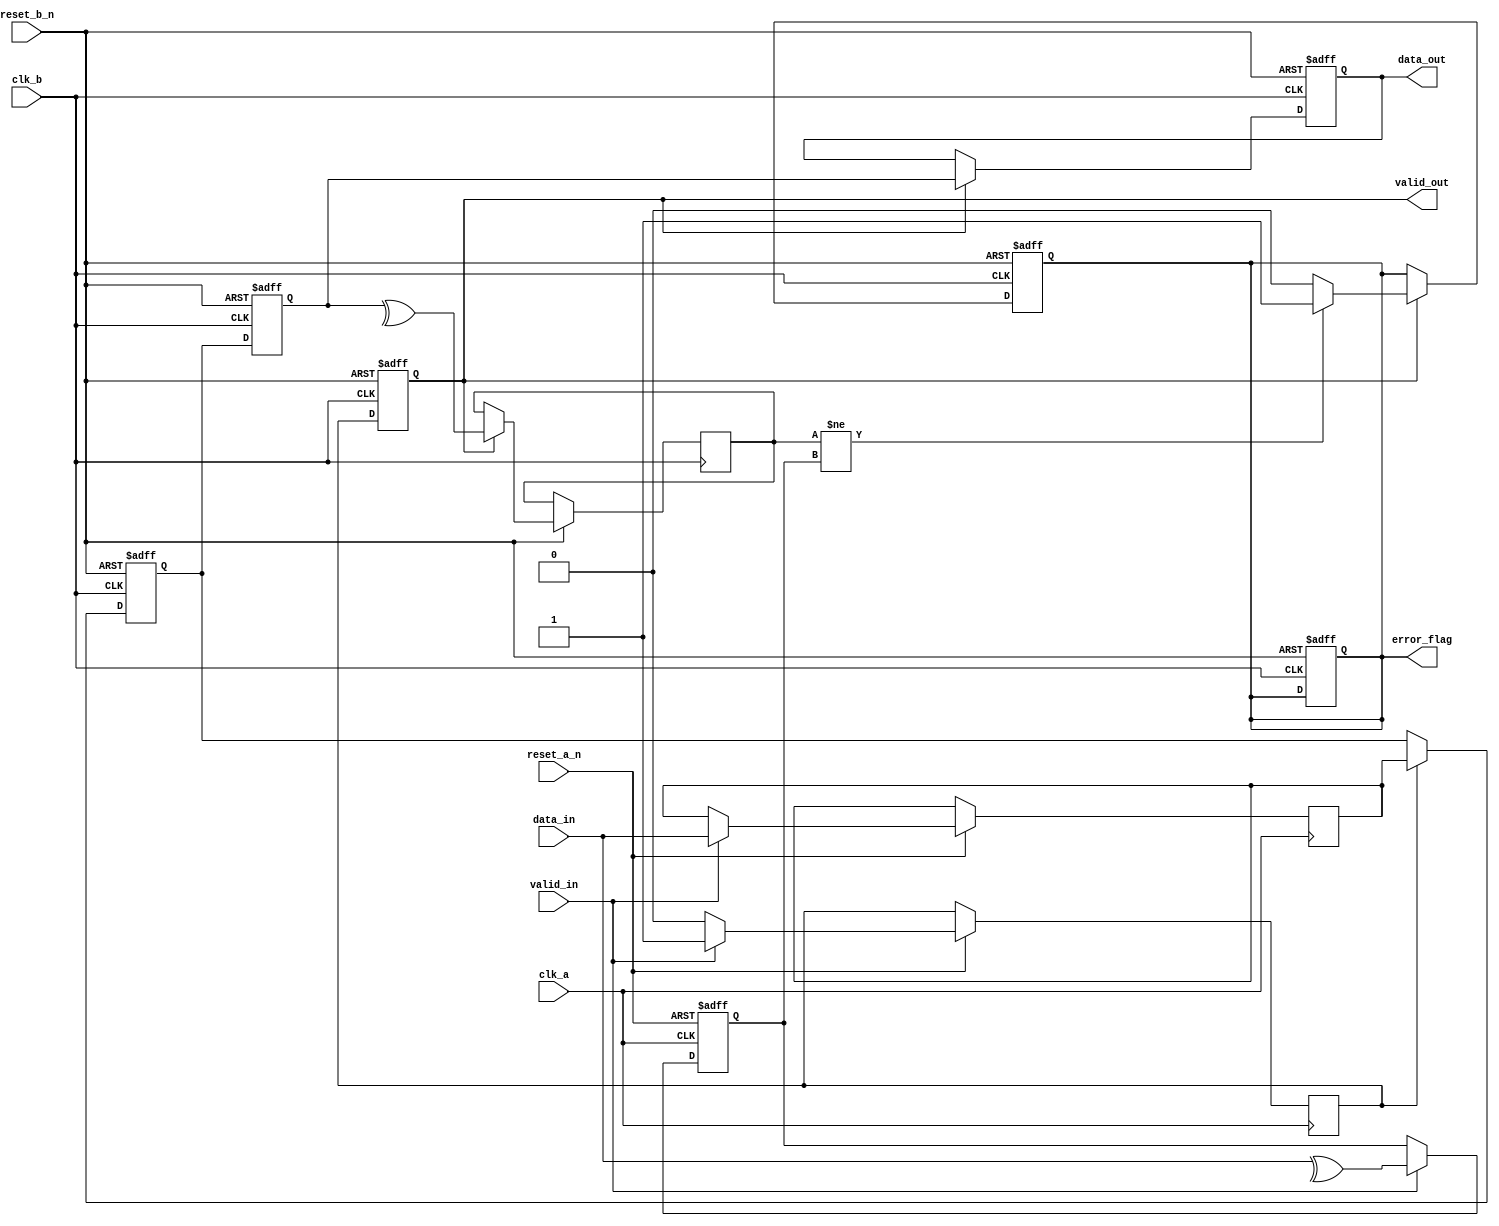
module cdc_with_error_detection #(
    parameter DATA_WIDTH = 8
)(
    input  wire                  clk_a,         // Clock for Domain A
    input  wire                  clk_b,         // Clock for Domain B
    input  wire                  reset_a_n,     // Active low reset for Domain A
    input  wire                  reset_b_n,     // Active low reset for Domain B
    input  wire [DATA_WIDTH-1:0] data_in,      // Data input from Domain A
    input  wire                  valid_in,      // Valid signal for data input
    output reg [DATA_WIDTH-1:0] data_out,      // Data output to Domain B
    output reg                  valid_out,      // Valid signal for data output
    output reg                  error_flag      // Error detection flag
);

// Internal signals
reg [DATA_WIDTH-1:0] data_buf;
reg parity_bit;
reg parity_check;
reg valid_buf;
reg ready;  // Handshake signal from Domain B
reg ack;    // Handshake signal for Domain A

// Parity generation in Domain A
always @(posedge clk_a or negedge reset_a_n) begin
    if (!reset_a_n) begin
        parity_bit <= 1'b0;
    end else if (valid_in) begin
        parity_bit <= ^data_in; // Calculate parity
        data_buf <= data_in;    // Buffer data
        valid_buf <= 1'b1;       // Indicate valid data
    end else begin
        valid_buf <= 1'b0;       // Reset valid flag
    end
end

// Dual-flop synchronizer in Domain B
reg [DATA_WIDTH-1:0] sync_data_1;
reg [DATA_WIDTH-1:0] sync_data_2;

// First flip-flop
always @(posedge clk_b or negedge reset_b_n) begin
    if (!reset_b_n) begin
        sync_data_1 <= {DATA_WIDTH{1'b0}};
    end else begin
        sync_data_1 <= (valid_buf) ? data_buf : sync_data_1; // Capture data if valid
    end
end

// Second flip-flop
always @(posedge clk_b or negedge reset_b_n) begin
    if (!reset_b_n) begin
        sync_data_2 <= {DATA_WIDTH{1'b0}};
        valid_out <= 1'b0;
        error_flag <= 1'b0;
    end else begin
        sync_data_2 <= sync_data_1; // Capture data from the first flip-flop
        valid_out <= valid_buf;      // Output valid signal
    end
end

// Error detection logic
always @(posedge clk_b or negedge reset_b_n) begin
    if (!reset_b_n) begin
        data_out <= {DATA_WIDTH{1'b0}};
        error_flag <= 1'b0;
        ready <= 1'b0;
        ack <= 1'b0;
    end else begin
        if (valid_out) begin
            data_out <= sync_data_2; // Output synchronized data
            parity_check <= ^sync_data_2; // Check parity
            error_flag <= (parity_check != parity_bit) ? 1'b1 : 1'b0; // Set error flag if parity does not match
            ready <= 1'b1; // Indicate data is ready
        end else if (ready) begin
            ack <= 1'b1; // Acknowledge signal for Domain A
            ready <= 1'b0; // Reset ready signal
        end else begin
            ack <= 1'b0; // Reset acknowledge signal
        end
    end
end

endmodule